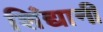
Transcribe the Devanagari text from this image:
शिंद्यानी